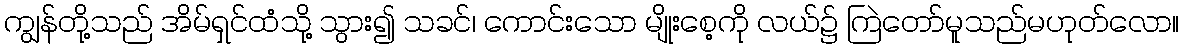
ကျွန်တို့သည် အိမ်ရှင်ထံသို့ သွား၍ သခင်၊ ကောင်းသော မျိုးစေ့ကို လယ်၌ ကြဲတော်မူသည်မဟုတ်လော။